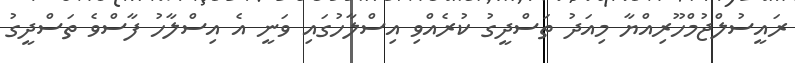
ރައީސުލްޖުމްހޫރިއްޔާ މިއަދު ތަސްދީގު ކުރެއްވި އިސްލާހުގައި ވަނީ އެ އިސްލާހު ފާސްވެ ތަސްދީގު